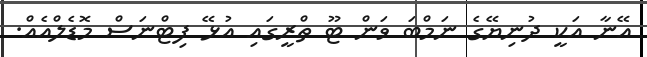
އޭނާ އަކީ ދުނިޔޭގެ ނަމްބަ ވަން ޓޫ ތްރީގައި އުޅޭ ފިޓްނަސް މޮޑެލްއެއް.